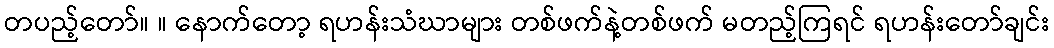
တပည့်တော်။ ။ နောက်တော့ ရဟန်းသံဃာများ တစ်ဖက်နဲ့တစ်ဖက် မတည့်ကြရင် ရဟန်းတော်ချင်း